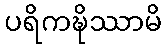
ပရိကဍ္ဎိဿာမိ